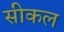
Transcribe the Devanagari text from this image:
सीकल